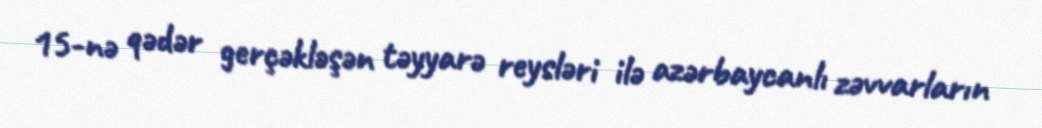
15-nə qədər gerçəkləşən təyyarə reysləri ilə azərbaycanlı zəvvarların